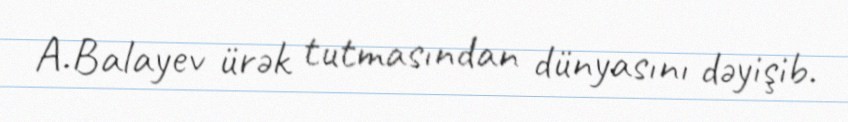
A.Balayev ürək tutmasından dünyasını dəyişib.